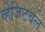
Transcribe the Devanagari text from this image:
व्हेजिटबल